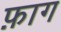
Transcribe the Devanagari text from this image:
फ़ाग